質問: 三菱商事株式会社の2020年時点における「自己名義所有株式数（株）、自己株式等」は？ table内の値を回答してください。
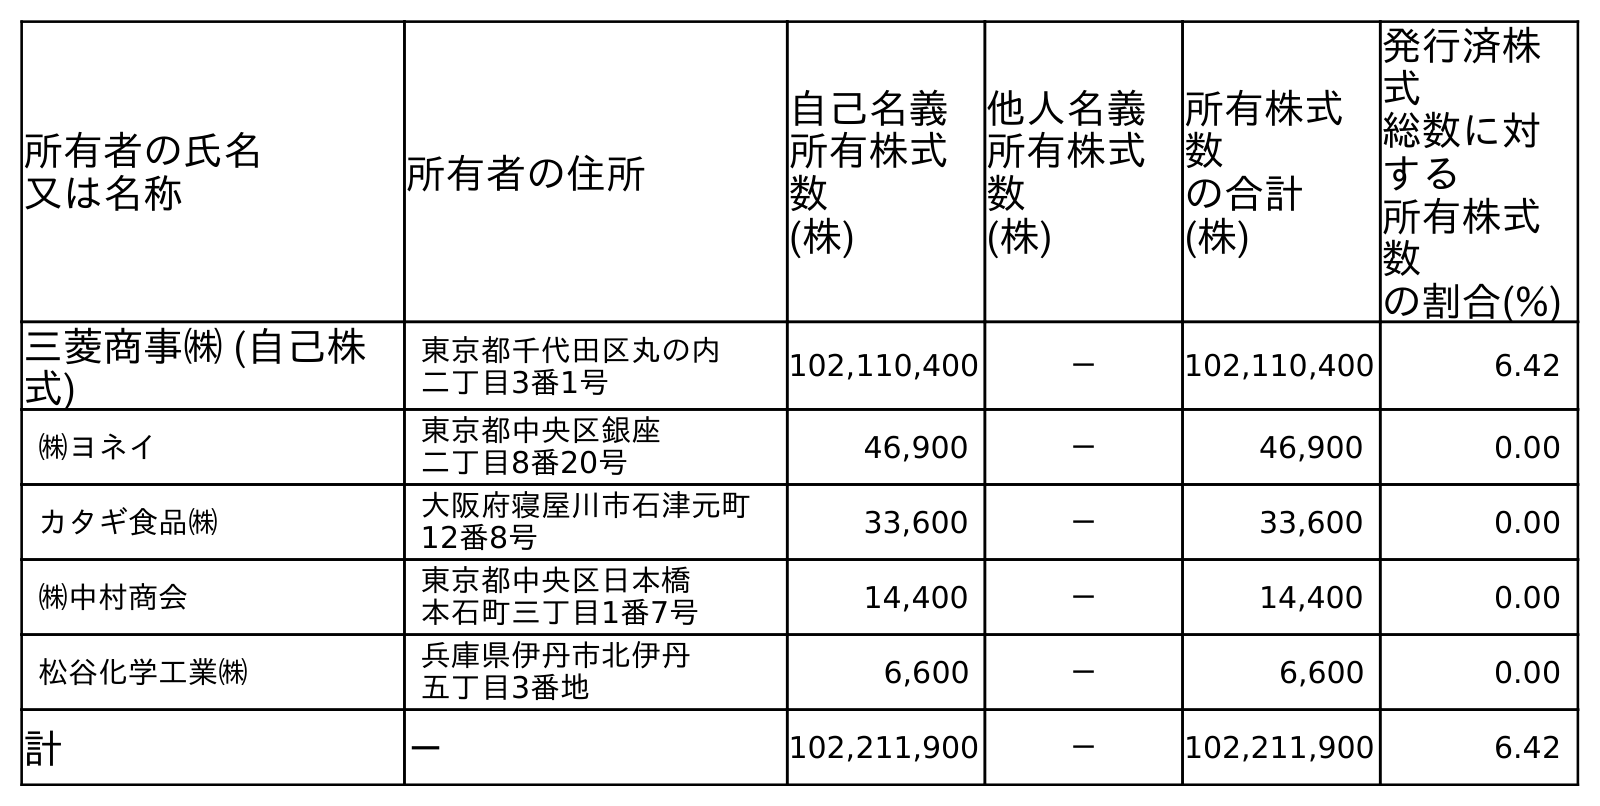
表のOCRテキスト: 所有者の氏名 又は名称 所有者の住所 自己名義 所有株式 数 (株) 他人名義 所有株式 数 (株) 所有株式 数 の合計 (株) 発行済株 式 総数に対 する 所有株式 数 の割合(%) 三菱商事㈱ (自己株 式) 東京都千代田区丸の内 二丁目3番1号 102,110,400 － 102,110,400 6.42 ㈱ヨネイ 東京都中央区銀座 二丁目8番20号 46,900 － 46,900 0.00 カタギ食品㈱ 大阪府寝屋川市石津元町 12番8号 33,600 － 33,600 0.00 ㈱中村商会 東京都中央区日本橋 本石町三丁目1番7号 14,400 － 14,400 0.00 松谷化学工業㈱ 兵庫県伊丹市北伊丹 五丁目3番地 6,600 － 6,600 0.00 計 － 102,211,900 － 102,211,900 6.42
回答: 102,211,900